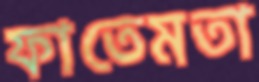
ফাতেমতা